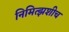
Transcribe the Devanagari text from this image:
निमित्झशीच